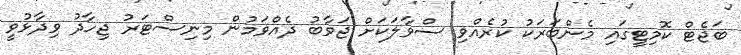
ބަޖެޓް ކޮމިޓީގައި މެންބަރަކު ކުރެއްވި ސްވާލަކަށް ޖަވާބު ދެއްވަމުން މިނިސްޓަރު ޖިހާދު ވިދާޅުވީ